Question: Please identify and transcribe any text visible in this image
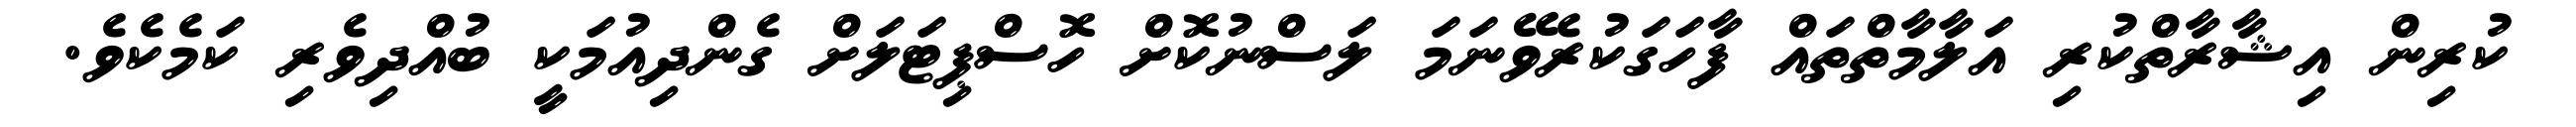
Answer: ކުރިން އިޝާރާތްކުރި އަލާމާތްތައް ފާހަގަކުރެވޭނަމަ ލަސްނުކޮށް ހޮސްޕިޓަލަށް ގެންދިއުމަކީ ބުއްދިވެރި ކަމެކެވެ.